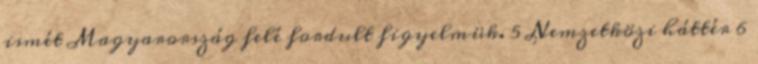
ismét Magyarország felé fordult figyelmük. 5 Nemzetközi háttér 6